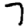
Digit: 7